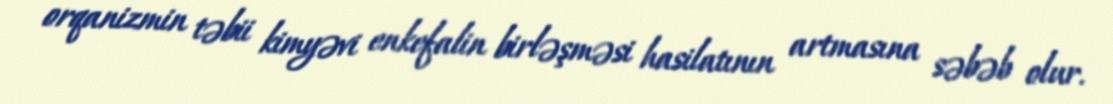
orqanizmin təbii kimyəvi enkefalin birləşməsi hasilatının artmasına səbəb olur.